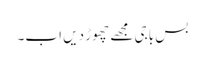
بس باجی مجھے چھوڑ دیں اب۔